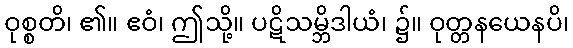
ဝုစ္စတိ၊ ၏။ ဧဝံ၊ ဤသို့။ ပဋိသမ္ဘိဒါယံ၊ ၌။ ဝုတ္တနယေနပိ၊